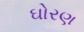
ઘોરણ